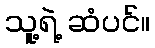
သူ့ရဲ့ ဆံပင်။